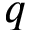
q